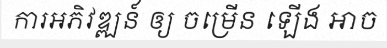
ការអភិវឌ្ឍន៍ ឲ្យ ចម្រើន ឡើង អាច